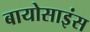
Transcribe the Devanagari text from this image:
बायोसाइंस